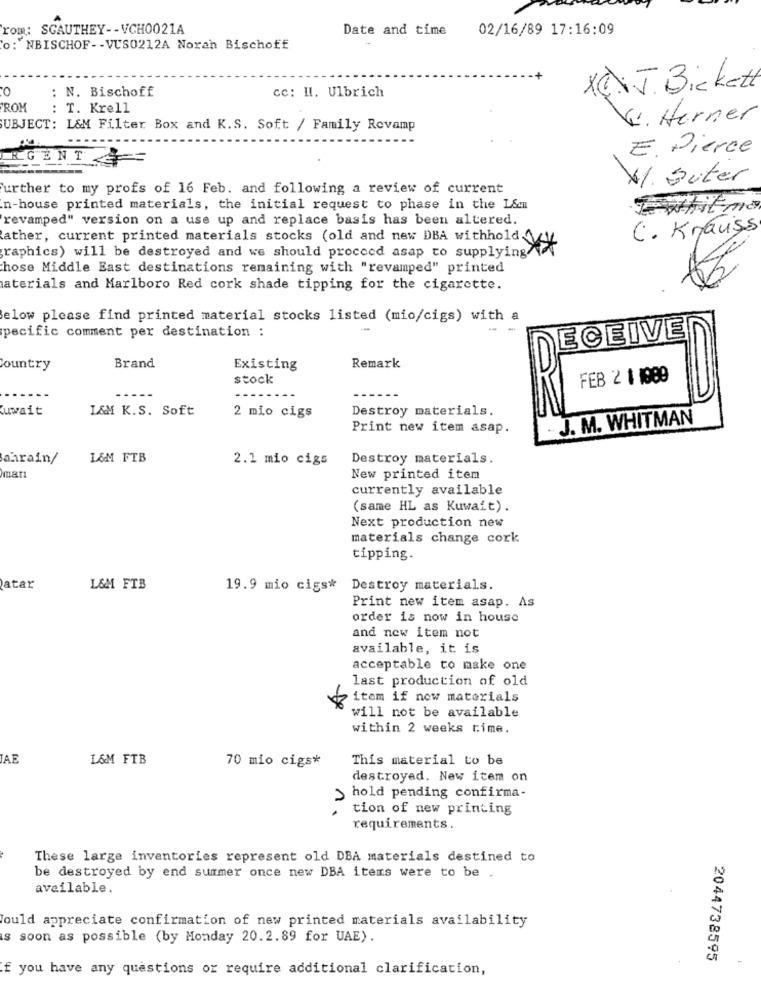
rom: SGAUTHEY -- VCH0021A
Date and time
02/16/89 17:16:09
o: NBISCHOF -- VUS0212A Norah Bischoff
0
: N. Bischoff
cc: Il. Ulbrich
XENJ Bickett
ROM
: T. Krell
Vi. Herner
SUBJECT: L&M Filter Box and K.S. Soft / Family Revamp
E. Pierce
RGENT
VI. Suter
urther to my profs of 16 Feb. and following a review of current
n-house printed materials, the initial request to phase in the L&m
revamped" version on a use up and replace basis has been altered.
C. Krauss
ather, current printed materials stocks (old and new DBA withhold y
raphics) will be destroyed and we should proceed asap to supplying
hose Middle East destinations remaining with "revamped" printed
materials and Marlboro Red cork shade tipping for the cigarette.
elow please find printed material stocks listed (mio/cigs) with a
pecific comment per destination :
ECEIVE
Country
Brand
Existing
Remark
stock
FEB 2 1 1989
Cuwait
L&M K.S. Soft
Destroy materials.
2 mio cigs
J. M. WHITMAN
Print new item asap.
ahrain/
L&M FTB
2.1 mio cigs
Destroy materials.
mar
New printed item
currently available
(same HL as Kuwait).
Next production new
materials change cork
tipping.
atar
L&M FTB
19.9 mio cigs*
Destroy materials.
Print new item asap. As
order is now in house
and new item not
available, it is
acceptable to make one
last production of old
item if new materials
will not be available
within 2 weeks time.
AE
L&M FTB
70 mio cigs*
This material to be
destroyed. New item on
hold pending confirma-
1.
tion of new printing
requirements.
These large inventories represent old DBA materials destined to
be destroyed by end summer once new DBA items were to be .
available.
ould appreciate confirmation of new printed materials availability
s soon as possible (by Monday 20.2.89 for UAE).
2044738595
f you have any questions or require additional clarification,